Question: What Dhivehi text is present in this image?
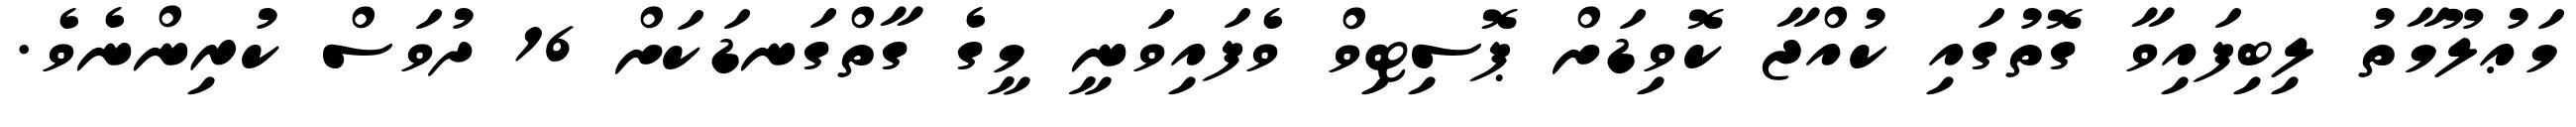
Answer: މަޢުލޫމާތު ލިބިފައިވާ ގޮތުގައި ކުއްޖާ ކޮވިޑަށް ޕޮސިޓިވް ވެފައިވަނީ މީގެ ގާތްގަނޑަކަށް 16 ދުވަސް ކުރިންނެވެ.